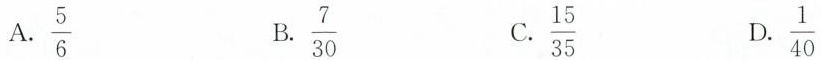
A. \frac{5}{6} B. \frac{7}{30} C.\frac{15}{35} D.\frac{1}{40}